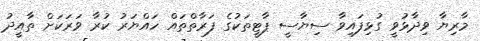
މާރިޔާ ވިދާޅުވީ ގުޅިފައިވާ ސިޔާސީ ޕާޓީތަކުގެ ފަރާތްތައް ހައްޔަރު ކުރާ ވަރަކަށް ތާއީދު